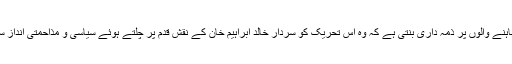
سردار خالد ابراہیم خان کے چاہنے والوں پر ذمہ داری بنتی ہے کہ وہ اس تحریک کو سردار خالد ابراہیم خان کے نقش قدم پر چلتے ہوئے سیاسی و مذاحمتی انداز سے منطقی انجام تک پہنچائیں۔